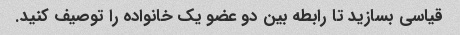
قیاسی بسازید تا رابطه بین دو عضو یک خانواده را توصیف کنید.